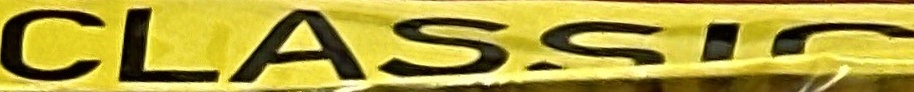
CLASSIC